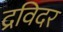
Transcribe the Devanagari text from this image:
द्रविदर